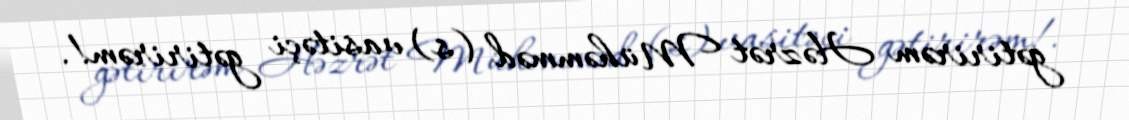
gətirirəm Həzrət Mühəmməd (s) vasitəçi gətirirəm!.